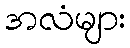
အလံများ